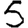
Digit: 5